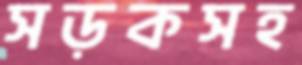
সড়কসহ